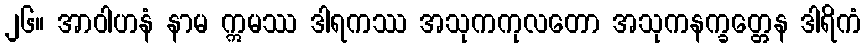
၂၆။ အာဝါဟနံ နာမ ဣမဿ ဒါရကဿ အသုကကုလတော အသုကနက္ခတ္တေန ဒါရိကံ